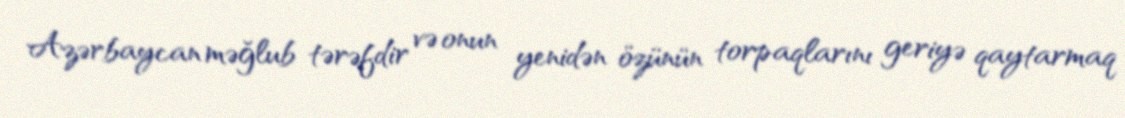
Azərbaycan məğlub tərəfdir və onun yenidən özünün torpaqlarını geriyə qaytarmaq